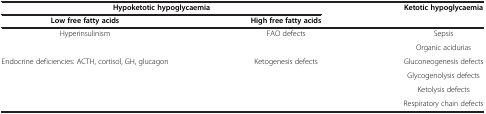
| <COLSPAN=2> Hypoketotic hypoglycaemia | Ketotic hypoglycaemia |
 | Low free fatty acids | High free fatty acids |  |
 | --- | --- | --- |
 | Hyperinsulinism | FAO defects | Sepsis |
 |  |  | Organic acidurias |
 | Endocrine deficiencies: ACTH, cortisol, GH, glucagon | Ketogenesis defects | Gluconeogenesis defects |
 |  |  | Glycogenolysis defects |
 |  |  | Ketolysis defects |
 |  |  | Respiratory chain defects |